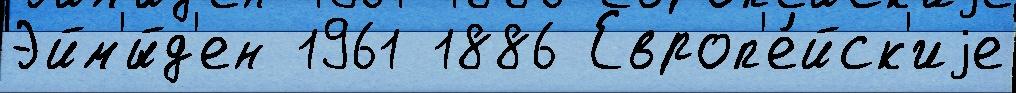
Эйм'́йд'ен 1961 1886 Европ'е́йск'иjе